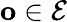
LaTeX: \mathbf o\in\mathcal E